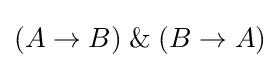
(A\rightarrow B){\mathbin {\And }}(B\rightarrow A)